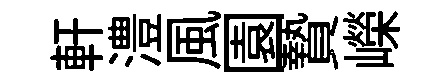
軒澧風園贄嶸